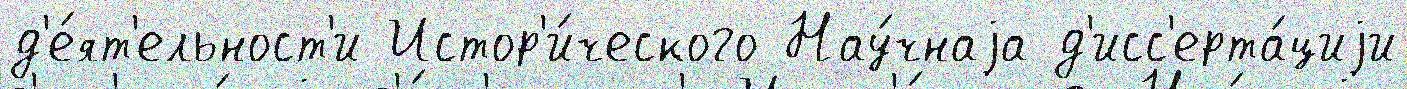
д'е́ят'ельност'и Истор'и́ческого Нау́чнаjа д'исс'ерта́циjи